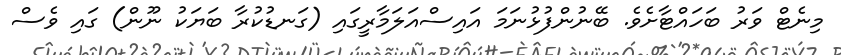
މިނެޓް ވަރު ބަހައްޓާށެވެ. ބޭނުންފުޅުނަމަ އައިސްއަލަމާރީގައި (ގަނޑުކުރާ ބަޔަކު ނޫން) ގައި ވެސް